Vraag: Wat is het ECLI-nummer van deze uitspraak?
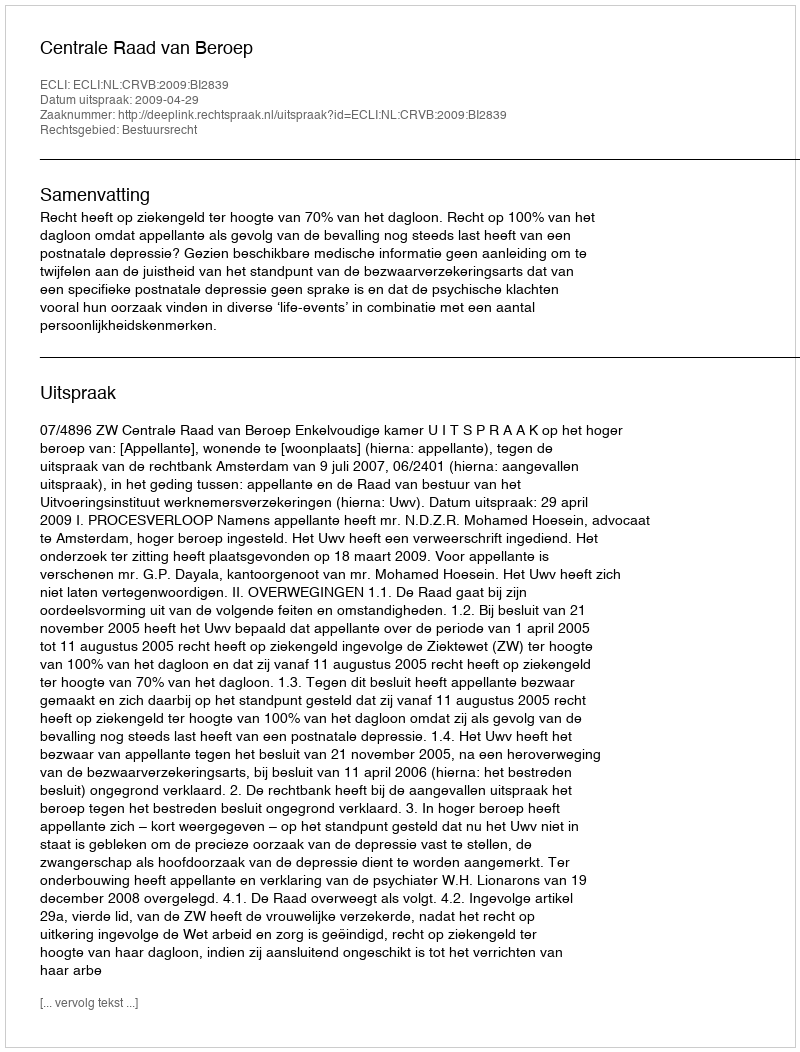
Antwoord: ECLI:NL:CRVB:2009:BI2839